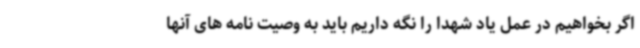
اگر بخواهیم در عمل یاد شهدا را نگه داریم باید به وصیت نامه های آنها